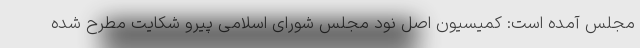
مجلس آمده است: کمیسیون اصل نود مجلس شورای اسلامی پیرو شکایت مطرح شده